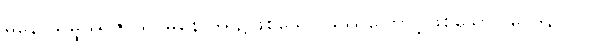
မနောသမ္ဖဿဇာယ၊ မနောဒွါရ၌ဖြစ်သော ဖဿကြောင့်ဖြစ်သော။ ဝေဒနာယ၊